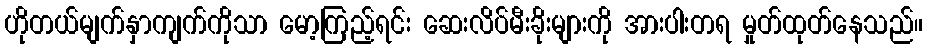
ဟိုတယ်မျက်နှာကျက်ကိုသာ မော့ကြည့်ရင်း ဆေးလိပ်မီးခိုးများကို အားပါးတရ မှုတ်ထုတ်နေသည်။